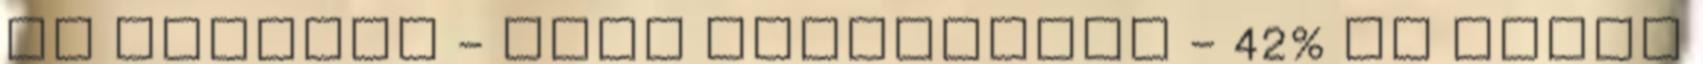
HU Pálinka - Báró Harruckern - 42% HU Friss